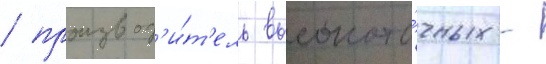
/ производ'и́т'ель высокото́чных -